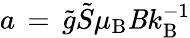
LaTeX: a\, =\, \tilde{g}\tilde{S}\mu_{\mathrm{B}}{\mathit B}k_{\mathrm{B}}^{-1}